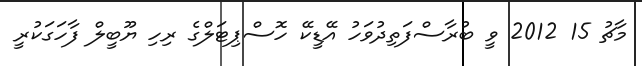
މާޗު 15 2012 ވީ ބުރާސްފަތިދުވަހު އޭޑީކޭ ހޮސްޕިޓަލްގެ ރިހި ޔޫބީލް ފާހަގަކުރީ